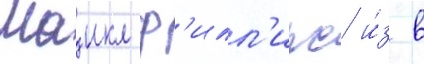
Маикл ф'илл'ипс и́з в